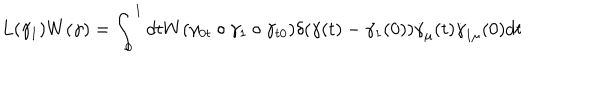
L ( \gamma _ { 1 } ) W ( \gamma ) = \int _ { 0 } ^ { 1 } d t W ( \gamma _ { 0 t } \circ \gamma _ { 1 } \circ \gamma _ { t 0 } ) \delta ( \gamma ( t ) - \gamma _ { 1 } ( 0 ) ) \dot { \gamma } _ { \mu } ( t ) \dot { \gamma } _ { 1 \mu } ( 0 ) d t